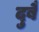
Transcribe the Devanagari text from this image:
दुबै